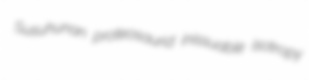
Susuhunan proteosaurid inissuable isotropy